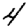
Digit: 4